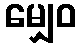
မျှေဝ